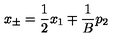
x _ { \pm } = \frac { 1 } { 2 } x _ { 1 } \mp \frac { 1 } { B } p _ { 2 }